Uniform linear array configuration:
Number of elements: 24
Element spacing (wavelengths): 0.75
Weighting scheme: exponential
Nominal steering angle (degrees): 45
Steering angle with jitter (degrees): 43.138
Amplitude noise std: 0.05
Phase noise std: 0.05

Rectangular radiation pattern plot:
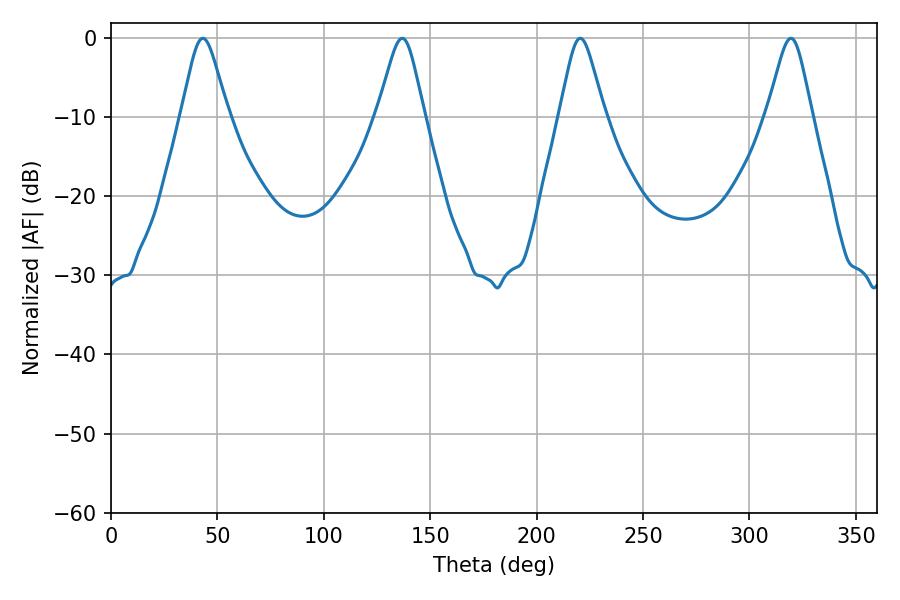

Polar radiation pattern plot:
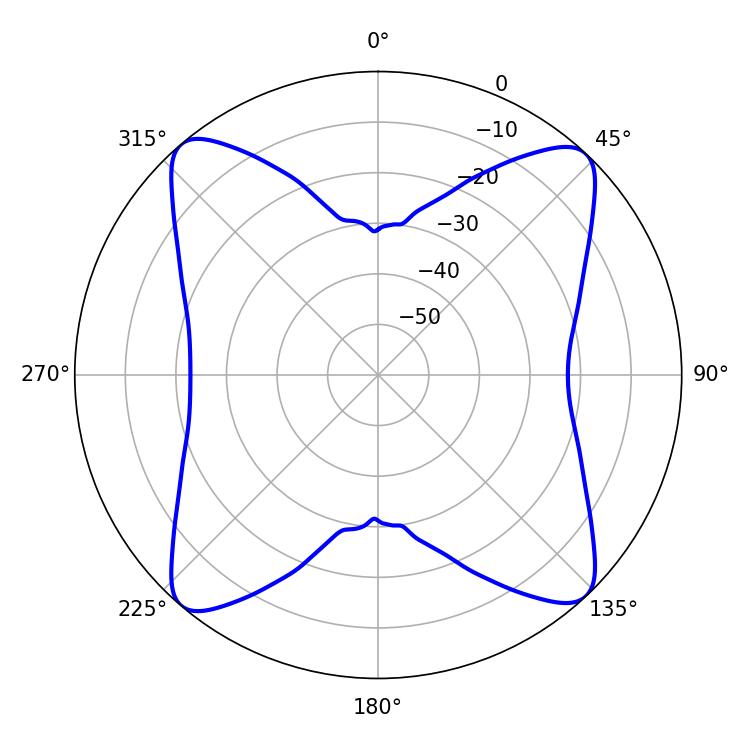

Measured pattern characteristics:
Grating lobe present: TRUE
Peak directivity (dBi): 18.572
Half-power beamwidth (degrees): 10.08
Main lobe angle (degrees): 220.5